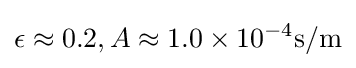
\epsilon \approx 0.2,A\approx 1.0\times {}10^{-4}\mathrm {s/m}